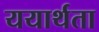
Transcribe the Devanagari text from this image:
ययार्थता